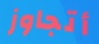
أتجاوز